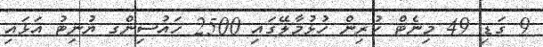
9 ގަޑި 49 މިނެޓް ކުރިން ހުޅުމާލޭގައި 2500 ހައުސިންގ ޔުނިޓު އަޅައި